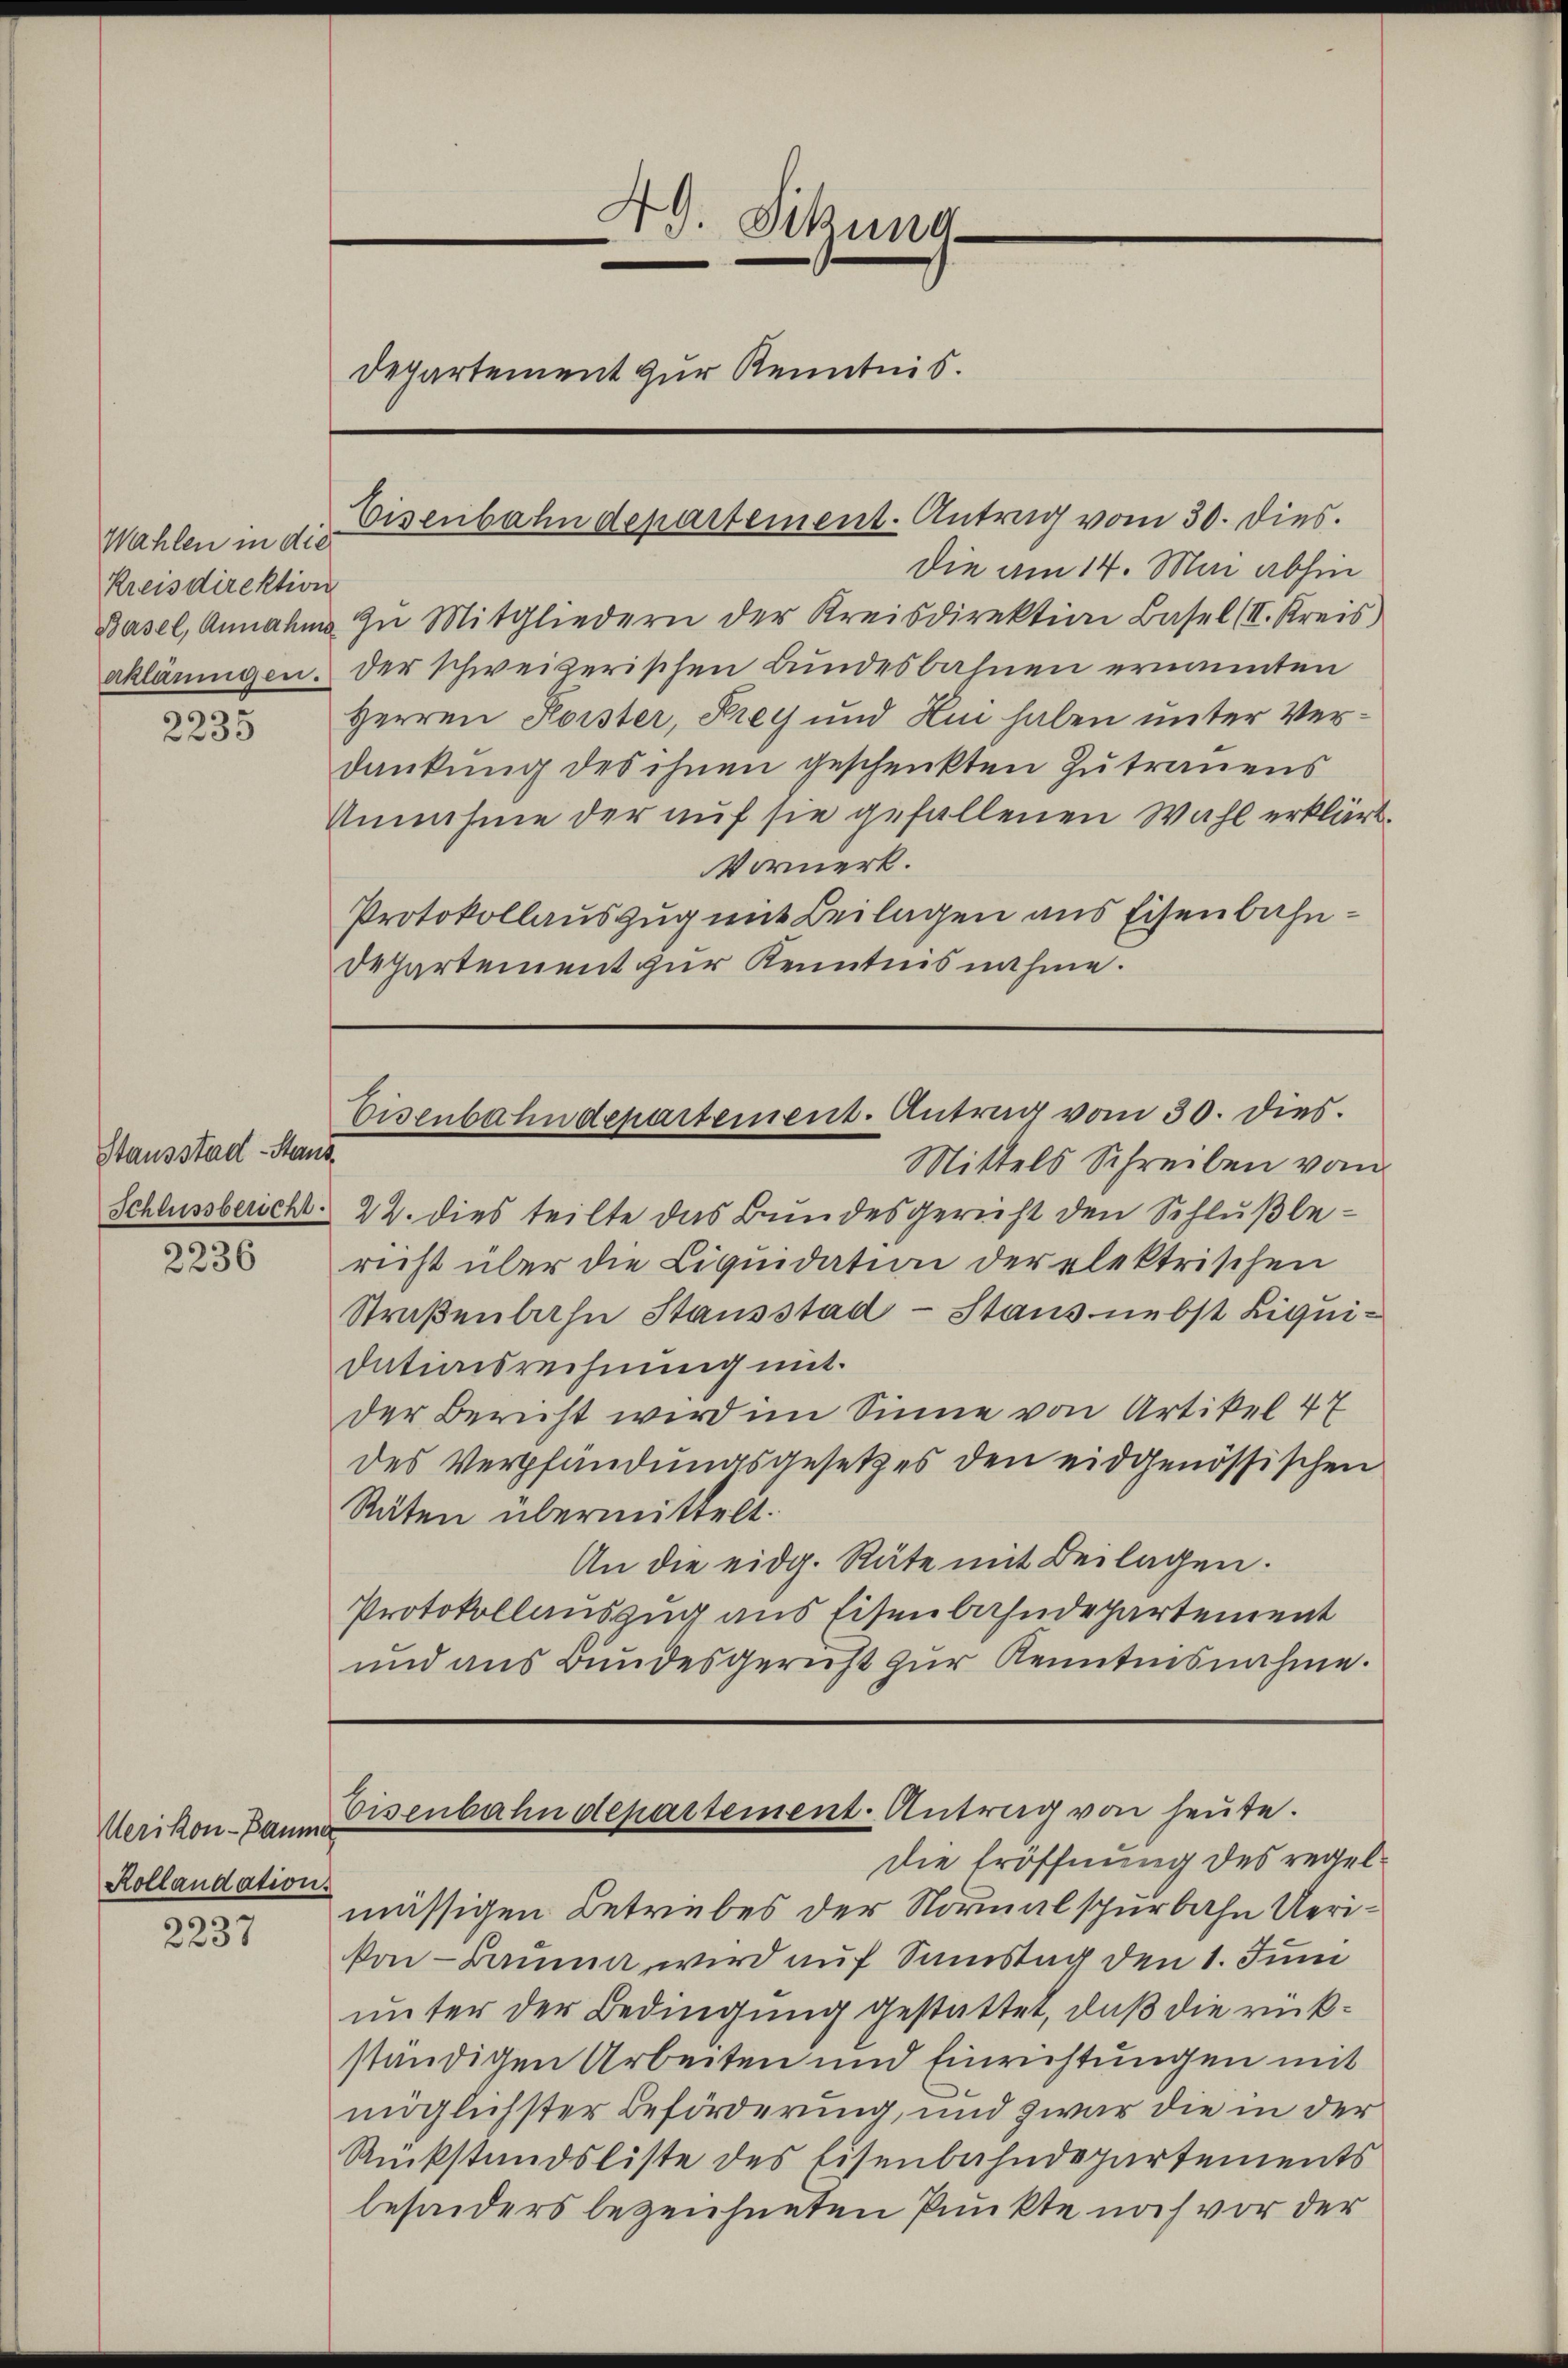
Wahlen in die
Kreisdirektion

3
2235

Stausstad-Stand
Schlussbericht.

2236

Uerikon-Baume
Rollandation.

2237

49. Sitzung
e
Departement zur Kenntnis.

Eisenbahndepartement. Antrag vom 30. dies.

Die am 14. Mai abhin
Basel, Annahme in Mitgliedern der Kreisdirektion Basel (II. Kreis)
aklärungen. Der schweizerischen Bundesbahnen ernannten
Herren Forster, Prey und Hui haben unter Verdankung des ihnen geschenkten Zutrauens
Unnahme der auf sie gefallenen Wahl erklärt.
Vormerk.
Protokollauszug mit Beilagen aus Eisenbahn¬
Departement zur Kenntnisnahme.

Eisenbahndepartement. Antrag vom 30. dies.

Mittels Schreiben vom
22. dies teilte das Bundesgericht den Schlußbericht über die Liquidation der elektrischen
Straßenbahn Stausstad - Staus nebst Liquidationsrechnung mit.
der Bericht wird im Sinne von Artikel 47
des Verpfändungsgesetzes den eidgenössischen
Räten übermittelt.
An die eidg. Räte mit Beilagen.
Protokollauszug aus Eisenbahndepartement
und aus Bundesgericht zur Kenntnisnahme.

Die Eröffnung des regelmässigen Betriebes der Normalspurbahn Uerivon-Bauma wird auf Samstag den 1. Juni
unter der Bedingung gestattet, daß die rückständigen Arbeiten und Einrichtungen mit
möglichster Beförderung, und zwar die in der
Rückstandsliste des Eisenbahndepartements
besonders bezeichneten Punkte noch vor der

Eisenbahndepartement. Antrag von heute.